Annual report of the Punjab Veterinary College and of the Civil Veterinary Department, Punjab - 1926-1932
Year: 1926
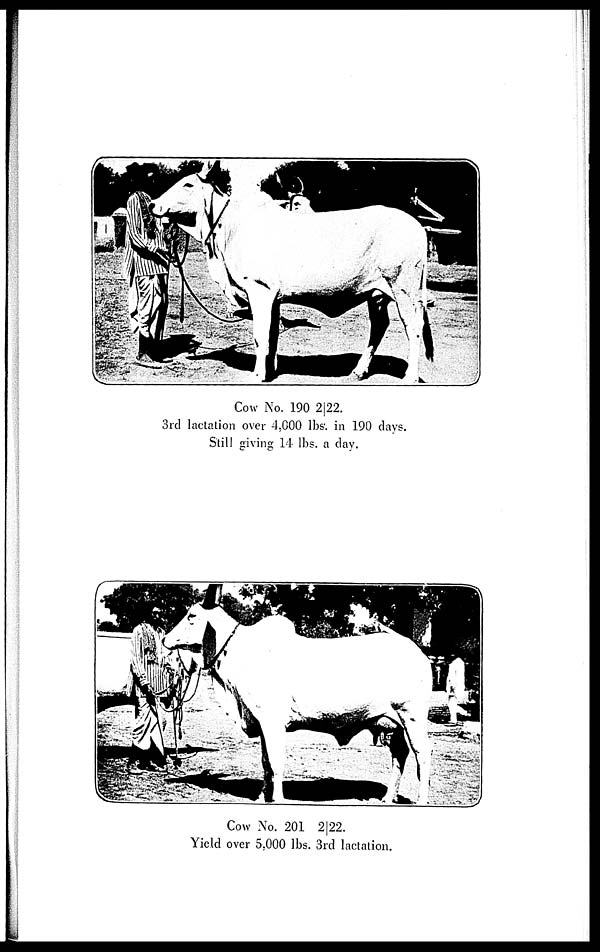
Cow No. 190 2|22.
3rd lactation over 4,000 lbs. in 190 days.
Still giving 14 lbs. a day.
Cow No. 201 2|22.
Yield over 5,000 lbs. 3rd lactation.